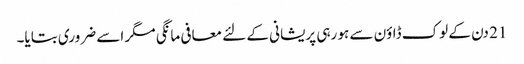
21 دن کے لوک ڈاؤن سے ہو رہی پریشانی کے لئے معافی مانگی مگر اسے ضروری بتایا۔